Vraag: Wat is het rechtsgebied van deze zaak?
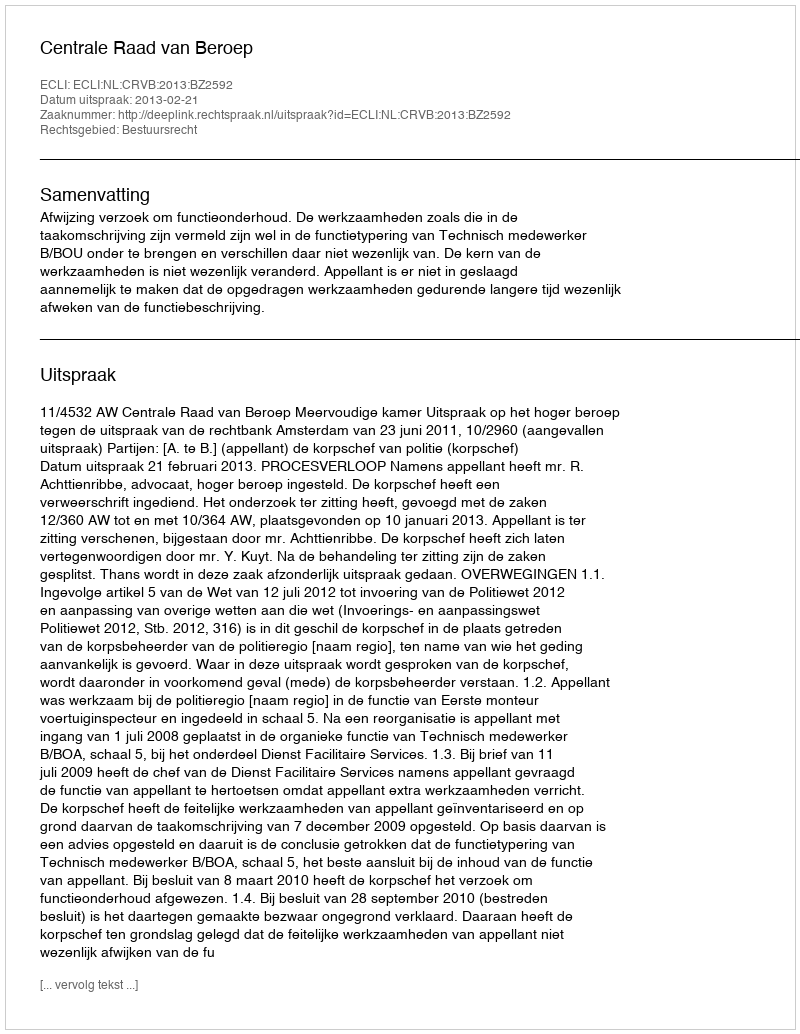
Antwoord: Bestuursrecht